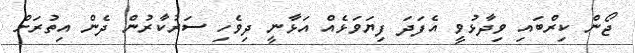
ޖޯން ކިރްބައި ވިދާޅުވީ އެފަދަ ފިޔަވަޅެއް އަޅާނީ ދިވެހި ސަރުކާރުން ދެން އިތުރަށް